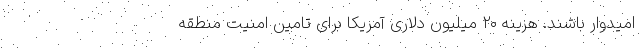
امیدوار باشند. هزینه ۲۰ میلیون دلاری آمریکا برای تامین امنیت منطقه